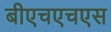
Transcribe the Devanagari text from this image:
बीएचएचएस